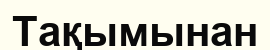
Тақымынан